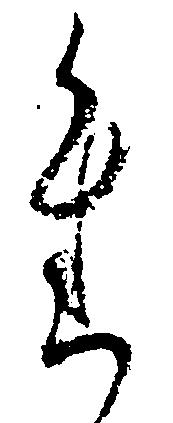
進